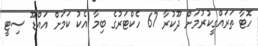
ހޮޓާ ތަރައްގީކުރުމަށް ދޫކުރާ 67 ހެކްޓަރުގެ ބިމާ އެކު ކަމަށް އައްޑޫ ސިޓީ